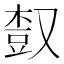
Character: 𣕒